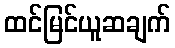
ထင်မြင်ယူဆချက်